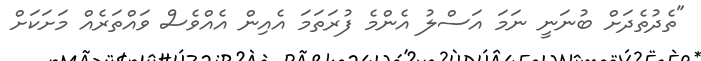
"ތެދުތެދަށް ބުނަނީ ނަމަ އަސްލު އެންމެ ފުރަތަމަ އެއިން އެއްވެސް ވައްތަރެއް މަށަކަށް